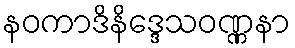
နဝကာဒိနိဒ္ဒေသဝဏ္ဏနာ